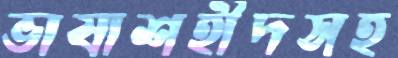
ভাষাশহীদসহ